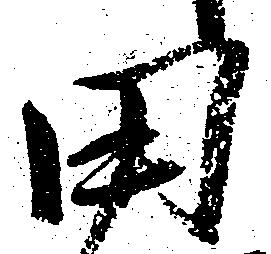
田